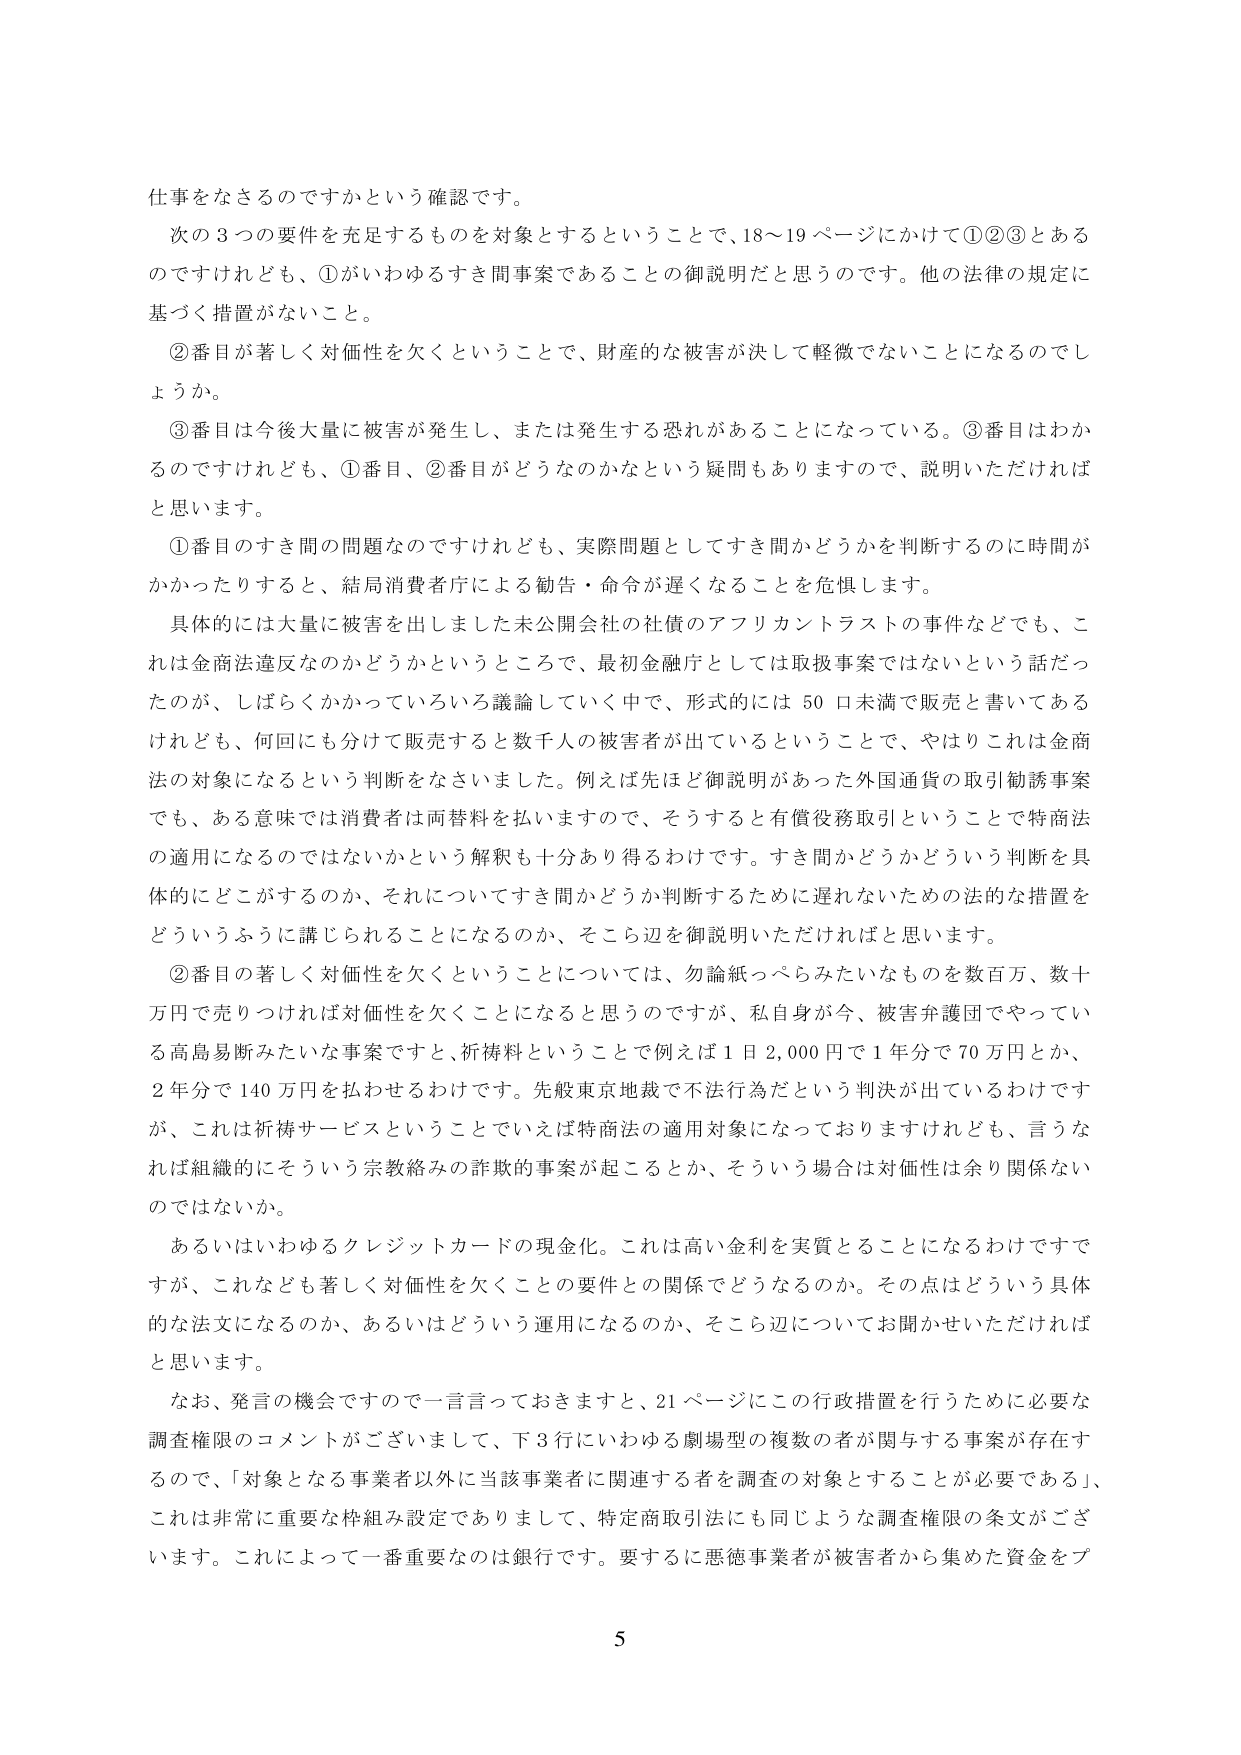
仕事をなさるのですかという確認です。

次の３つの要件を充足するものを対象とするということで、18～19ページにかけて①②③とあるのですけれども、①がいわゆるすき間事案であることの御説明だと思うのです。他の法律の規定に基づく措置がないこと。

②番目が著しく対価性を欠くということで、財産的な被害が決して軽微でないことになるのでしょうか。

③番目は今後大量に被害が発生し、または発生する恐れがあることになっている。③番目はわかるのですけれども、①番目、②番目がどうなのかなという疑問もありますので、説明いただければと思います。

①番目のすき間の問題なのですが、実際問題としてすき間かどうかを判断するのに時間がかかったりすると、結局消費者庁による勧告・命令が遅くなることを危惧します。

具体的には大量に被害を出しました未公開会社の社債のアフリカントラストの事件などでも、これは金商法違反なのかどうかというところで、最初金融庁としては取扱事案ではないという話だったのが、しばらくかかっていろいろ議論していく中で、形式的には50口未満で販売と書いてあるけれども、何回にも分けて販売すると数千人の被害者が出ているということで、やはりこれは金商法の対象になるという判断をなさいました。例えば先ほど御説明があった外国通貨の取引勧誘事案でも、ある意味では消費者は両替料を払いますので、そうすると有償債務取引ということで特商法の適用になるのではないかという解釈も十分あり得るわけです。すき間かどうかという判断を具体的にどこがするのか、それについてすき間かどうか判断するために遅れないための法的な措置をどういうふうに講じられることになるのか、そこら辺を御説明いただければと思います。

②番目の著しく対価性を欠くということについては、勿論紙っぺらみたいなものを数百万、数十万円で売りつけれれば対価性を欠くことになると思うのですが、私自身が今、被害弁護団でやっている高島易断みたいな事案ですと、祈祷料ということで例えば1日2,000円で1年分で70万円とか、2年分で140万円を払わせるわけです。先般東京地裁で不法行為だという判決が出ているわけですが、これは祈祷サービスということでいえば特商法の適用対象になっておりますけれども、言うならば組織的にそういう宗教絡みの詐欺的事案が起こるとか、そういう場合は対価性は余り関係ないのではないか。

あるいはいわゆるクレジットカードの現金化。これは高い金利を実質とることになるわけですが、これなども著しく対価性を欠くことの要件との関係でどうなるのか。その点はどういう具体的な法文になるのか、あるいはどういう運用になるのか、そこら辺についてお聞かせいただければと思います。

なお、発言の機会ですので一言言っておきますと、21ページにこの行政措置を行うために必要な調査権限のコメントがございまして、下3行にいわゆる劇場型の複数の者が関与する事案が存在するので、「対象となる事業者以外に当該事業者に関連する者を調査の対象とすることが必要である」、これは非常に重要な枠組み設定でありますして、特定商取引法にも同じような調査権限の条文がございます。これによって一番重要なのは銀行です。要するに悪徳事業者が被害者から集めた資金をプ

5